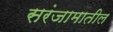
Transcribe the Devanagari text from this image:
सरंजामातील